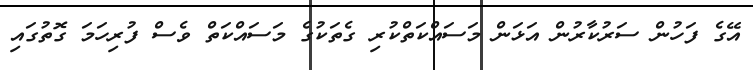
އޭގެ ފަހުން ސަރުކާރުން އަޅަން މަސައްކަތްކުރި ގެތަކުގެ މަސައްކަތް ވެސް ފުރިހަމަ ގޮތުގައި